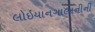
લોઇયાનગાલાનીની